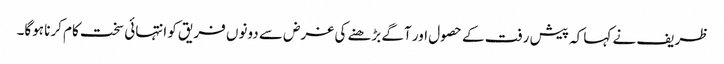
ظریف نے کہا کہ پیش رفت کے حصول اور آگے بڑھنے کی غرض سے دونوں فریق کو انتہائی سخت کام کرنا ہوگا۔